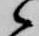
候